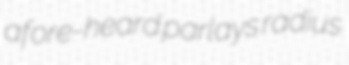
afore-heard parlays radius